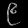
Digit: ၉